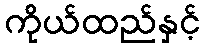
ကိုယ်ထည်နှင့်